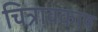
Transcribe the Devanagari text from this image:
चित्रावकाष